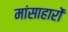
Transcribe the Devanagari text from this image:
मांसाहारों